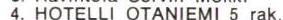
4. HOTELLI OTANIEMI 5 rak.